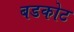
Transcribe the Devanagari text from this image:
बडकोट